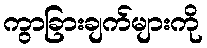
ကွာခြားချက်များကို